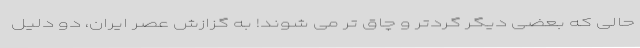
حالی که بعضی دیگر گردتر و چاق تر می شوند! به گزازش عصر ایران، دو دلیل